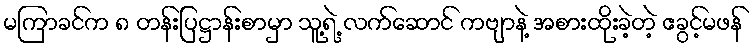
မကြာခင်က ၈ တန်းပြဋ္ဌာန်းစာမှာ သူ့ရဲ့ လက်ဆောင် ကဗျာနဲ့ အစားထိုးခဲ့တဲ့ ဧခွင့်မဖန်